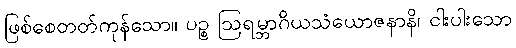
ဖြစ်စေတတ်ကုန်သော။ ပဉ္စ ဩရမ္ဘာဂိယသံယောဇနာနိ၊ ငါးပါးသော